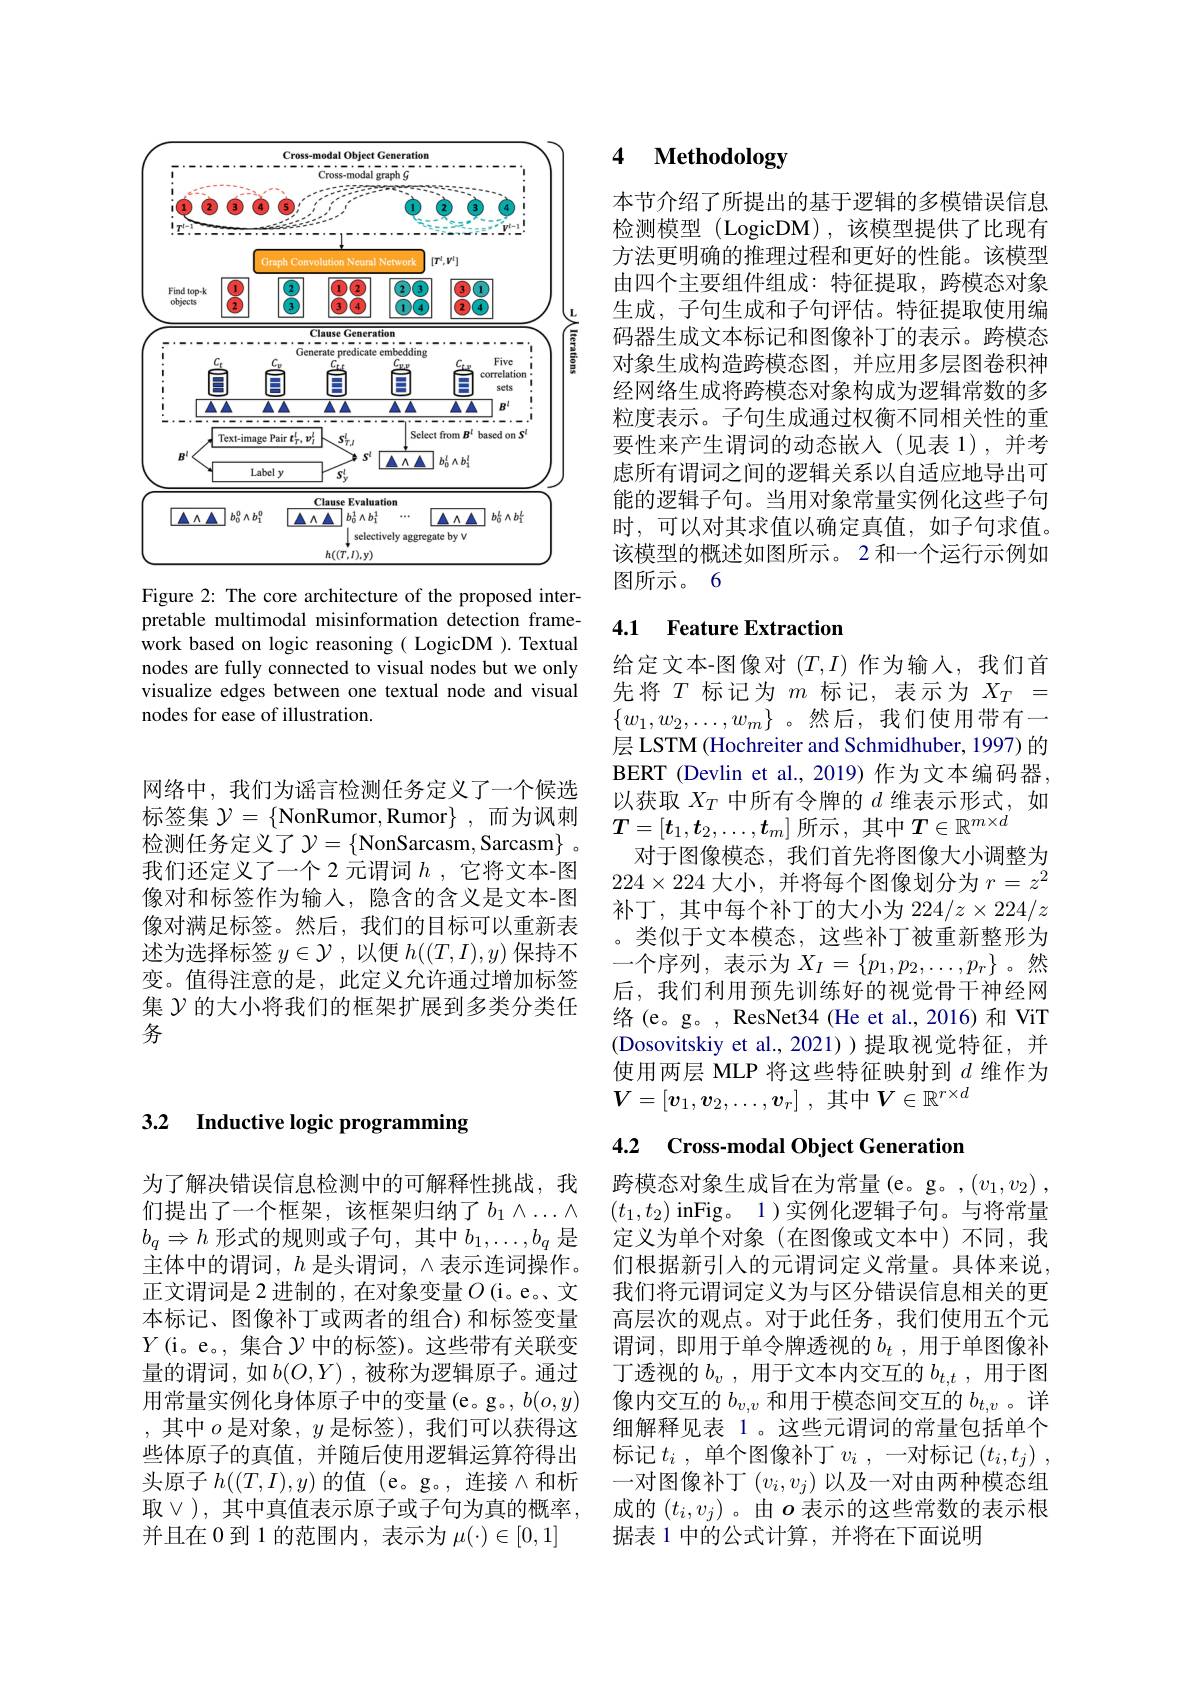
<FigureHere>
Figure 2: The core architecture of the proposed inter-

pretable multimodal misinformation detection framework based on logic reasoning( LogicDM ). Textual nodes are fully connected to visual nodes but we only visualize edges between one textual node and visual nodes for ease of illustration.

### 3.2 Inductive logic programming

为了解决错误信息检测中的可解释性挑战，我们提出了一个框架，该框架归纳了$b_1\wedge\ldots\wedge$ $b_q\Rightarrow h$形式的规则或子句，其中$b_1,\ldots,b_q$是主体中的谓词，$h$ 是头谓词，$\wedge$表示连词操作。正文谓词是 2 进制的，在对象变量$O$ (i。e。、文本标记、图像补丁或两者的组合)和标签变量$Y$(i。e。, 集合$\mathcal{Y}$中的标签)。这些带有关联变量的谓词，如$b(O,Y)$,被称为逻辑原子。通过用常量实例化身体原子中的变量(e。g。$b(o,y)$ ,其中$o$是对象$,y$是标签),我们可以获得这些体原子的真值，并随后使用逻辑运算符得出头原子$h((T,I),y)$的值(e。g。,连接$\wedge$和析取$\lor$),其中真值表示原子或子句为真的概率， 并且在 0 到 1 的范围内，表示为$\mu(\cdot)\in[0,1]$

网络中，我们为谣言检测任务定义了一个候选标签集$\mathcal{Y}=\{$NonRumor,Rumor$\}$ ,而为讽刺检测任务定义了$\mathcal{Y}=\{$NonSarcasm, Sarcasm$\}$ 。我们还定义了一个 2 元谓词$h$ ,它将文本-图像对和标签作为输入，隐含的含义是文本-图像对满足标签。然后，我们的目标可以重新表述为选择标签$y\in\mathcal{Y}$,以便$h((T,I),y)$保持不变。值得注意的是，此定义允许通过增加标签集$\mathcal{Y}$的大小将我们的框架扩展到多类分类任务

### 4 $\textbf{Methodology}$

本节介绍了所提出的基于逻辑的多模错误信息检测模型 (LogicDM) , 该模型提供了比现有方法更明确的推理过程和更好的性能。该模型由四个主要组件组成：特征提取，跨模态对象生成，子句生成和子句评估。特征提取使用编码器生成文本标记和图像补丁的表示。跨模态对象生成构造跨模态图，并应用多层图卷积神经网络生成将跨模态对象构成为逻辑常数的多粒度表示。子句生成通过权衡不同相关性的重要性来产生谓词的动态嵌入(见表 1),并考虑所有谓词之间的逻辑关系以自适应地导出可能的逻辑子句。当用对象常量实例化这些子句时，可以对其求值以确定真值，如子句求值。该模型的概述如图所示。2 和一个运行示例如图所示。6

## 4.1 Feature Extraction

给定文本-图像对$(T,I)$作为输入，我们首先将$T$标记为$m$标记，表示为$X_T=$ $\{w_1,w_2,\ldots,w_m\}$。然后，我们使用带有一层 LSTM (Hochreiter and Schmidhuber, 1997) 的BERT (Devlin et al., 2019) 作为文本编码器， 以获取$X_T$中所有令牌的$d$维表示形式，如$T=[t_1,t_2,\ldots,t_m]$所示，其中$T\in\mathbb{R}^m\times d$
对于图像模态，我们首先将图像大小调整为$224\times224$大小，并将每个图像划分为$r=z^2$ 补丁，其中每个补丁的大小为 224$/z\times224/z$ ,类似于文本模态，这些补丁被重新整形为一个序列，表示为$X_I=\{p_1,p_2,\ldots,p_r\}$。然后，我们利用预先训练好的视觉骨干神经网络(e。g。, ResNet34 (He et al., 2016) 和 ViT (Dosovitskiy et al.,2021))提取视觉特征，并使用两层 MLP 将这些特征映射到$d$维作为$V= [ \boldsymbol{v}_1, \boldsymbol{v}_2, \ldots , \boldsymbol{v}_r]$ ,其中$V\in\mathbb{R}^r\times d$

## 4.2 Cross-modal Object Generation

跨模态对象生成旨在为常量(e。g。,$( v_1, v_2)$ , $(t_1,t_2)$ inFig。1 )实例化逻辑子句。与将常量定义为单个对象(在图像或文本中)不同，我们根据新引人的元谓词定义常量。具体来说， 我们将元谓词定义为与区分错误信息相关的更高层次的观点。对于此任务，我们使用五个元谓词，即用于单令牌透视的$b_t$ ,用于单图像补丁透视的$b_v$,用于文本内交互的$b_t,t$,用于图像内交互的$b_{v,v}$和用于模态间交互的$b_t,v$ 。详细解释见表 1。这些元谓词的常量包括单个标记$t_i$ ,单个图像补丁$v_i$ ,一对标记$( t_i, t_j)$ , 一对图像补丁$(v_i,v_j)$以及一对由两种模态组成的$(t_i,v_j)$ 。由$o$表示的这些常数的表示根据表 1 中的公式计算，并将在下面说明